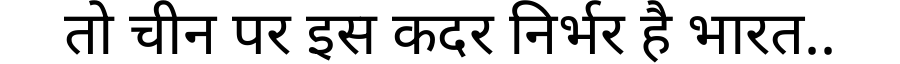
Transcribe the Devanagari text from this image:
तो चीन पर इस कदर निर्भर है भारत..